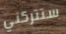
ستتركني